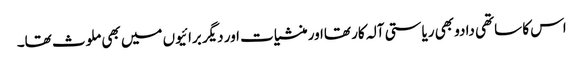
اس کا ساتھی دادو بھی ریاستی آلہ کار تھااور منشیات اور دیگر برائیوں میں بھی ملوث تھا۔